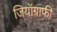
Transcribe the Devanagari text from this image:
जियॉग्राफी